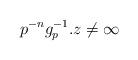
LaTeX: \begin{align*} p^{-n}g_p^{-1}.z\not=\infty\end{align*}